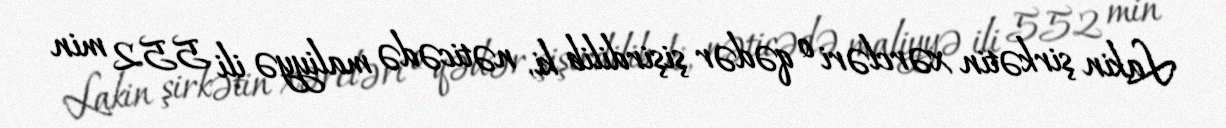
Lakin şirkətin xərcləri o qədər şişirdilib ki, nəticədə maliyyə ili 552 min